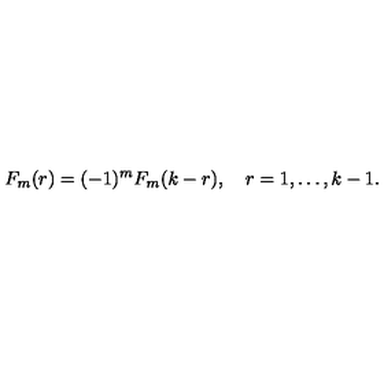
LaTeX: F _ { m } ( r ) = ( - 1 ) ^ { m } F _ { m } ( k - r ) , \quad r = 1 , \ldots , k - 1 .